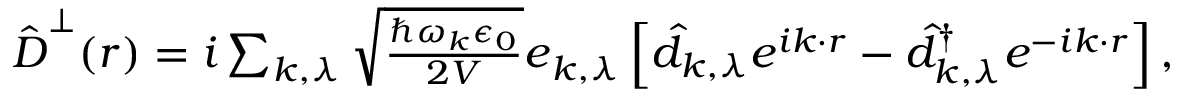
\begin{array} { r } { \hat { \boldsymbol D } ^ { \perp } ( \boldsymbol r ) = i \sum _ { \boldsymbol k , \lambda } \sqrt { \frac { \hbar \omega _ { \boldsymbol k } \epsilon _ { 0 } } { 2 V } } \boldsymbol e _ { k , \lambda } \left[ \hat { d } _ { \boldsymbol k , \lambda } e ^ { i \boldsymbol k \cdot \boldsymbol r } - \hat { d } _ { \boldsymbol k , \lambda } ^ { \dagger } e ^ { - i \boldsymbol k \cdot \boldsymbol r } \right] , } \end{array}